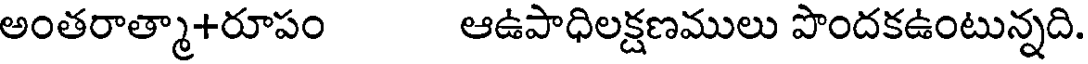
అంతరాత్మా+రూపం ఆఉపాధిలక్షణములు పొందకఉంటున్నది